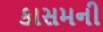
કાસમની